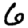
Digit: 6